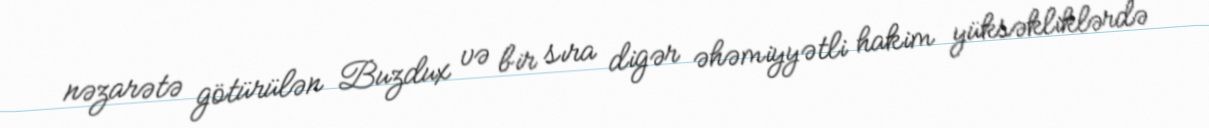
nəzarətə götürülən Buzdux və bir sıra digər əhəmiyyətli hakim yüksəkliklərdə